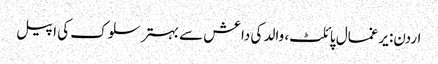
اردن: یرغمال پائلٹ، والد کی داعش سے بہتر سلوک کی اپیل